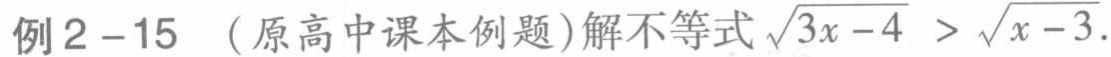
例2 - 15 （原高中课本例题）解不等式\(\sqrt{3x - 4} > \sqrt{x - 3}\)